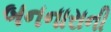
બનનારાની